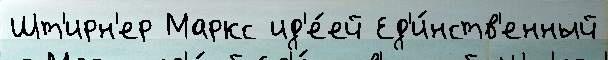
Шт'ирн'ер Маркс ид'е́ей Ед'и́нств'енный